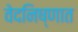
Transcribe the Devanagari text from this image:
वेदनिष्णात